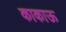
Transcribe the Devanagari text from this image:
काकाऊ